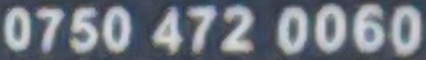
0750 472 0060